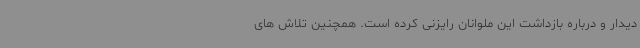
دیدار و درباره بازداشت این ملوانان رایزنی کرده است. همچنین تلاش های